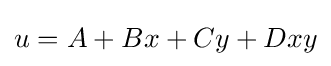
u=A+Bx+Cy+Dxy